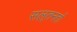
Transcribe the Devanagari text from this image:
सल़्तनतों